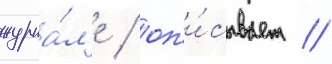
журна́л'е / оп'и́сывает /